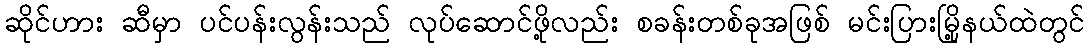
ဆိုင်ဟား ဆီမှာ ပင်ပန်းလွန်းသည် လုပ်ဆောင်ဖို့လည်း စခန်းတစ်ခုအဖြစ် မင်းပြားမြို့နယ်ထဲတွင်